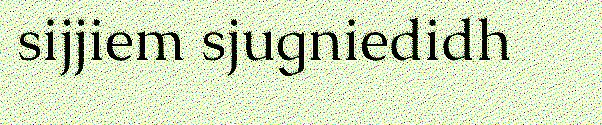
sijjiem sjugniedidh